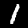
Digit: 1